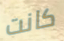
كانت